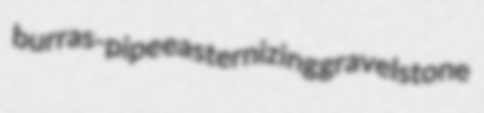
burras-pipe easternizing gravelstone